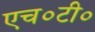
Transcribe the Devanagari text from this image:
एच०टी०